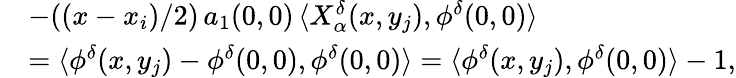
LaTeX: \begin{array}{rl}&{-((x-x_{i})/2)\, a_{1}(0,0)\, \langle X_{\alpha}^{\delta}(x,y_{j}),\phi^{\delta}(0,0)\rangle}\\ &{=\langle\phi^{\delta}(x,y_{j})-\phi^{\delta}(0,0),\phi^{\delta}(0,0)\rangle=\langle\phi^{\delta}(x,y_{j}),\phi^{\delta}(0,0)\rangle-1,}\end{array}